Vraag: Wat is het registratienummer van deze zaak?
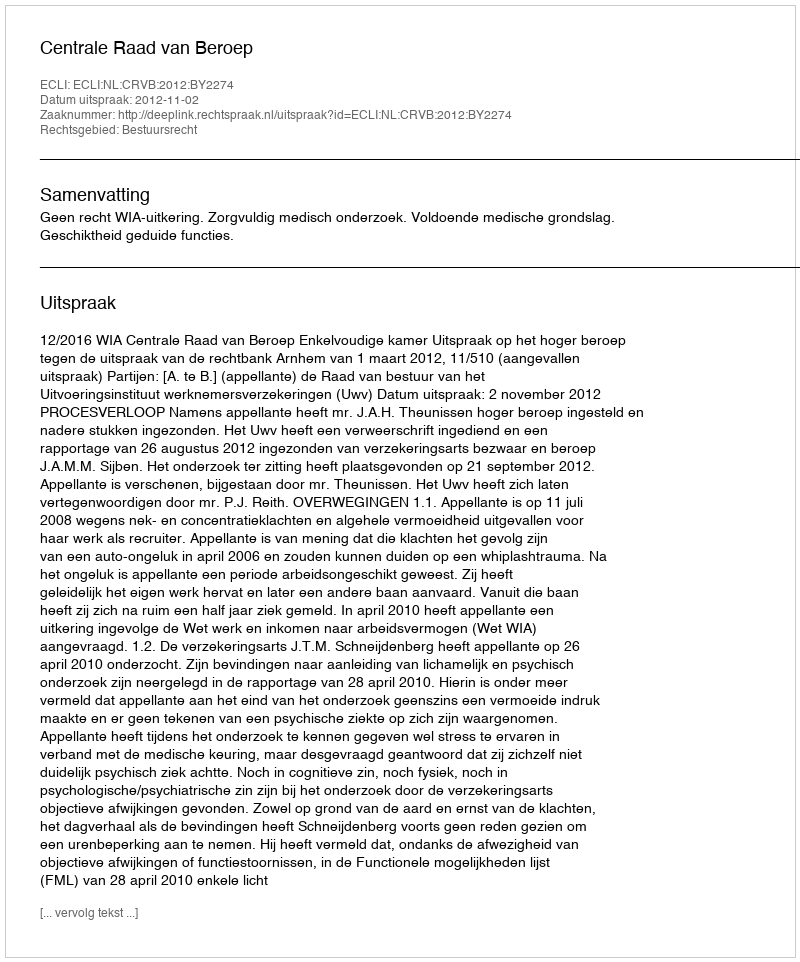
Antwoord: http://deeplink.rechtspraak.nl/uitspraak?id=ECLI:NL:CRVB:2012:BY2274